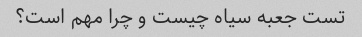
تست جعبه سیاه چیست و چرا مهم است؟